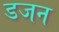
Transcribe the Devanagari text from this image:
डजन